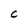
Character: C